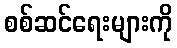
စစ်ဆင်ရေးများကို